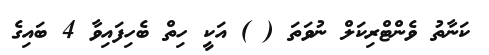
ކަނާތު ވެންޓްރިކަލް ނުވަތަ ( ) އަކީ ހިތް ބެހިފައިވާ 4 ބައިގެ